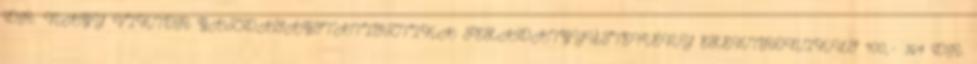
DR. NAGY VIKTOR GAZDASÁGSTATISZTIKA FELADATGYŰJTEMÉNY ELEKTRONIKUS 900,- 164 DR.